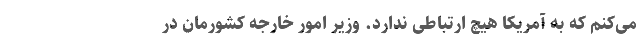
می‌کنم که به آمریکا هیچ ارتباطی ندارد. وزیر امور خارجه کشورمان در